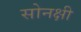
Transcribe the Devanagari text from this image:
सोनक्षी